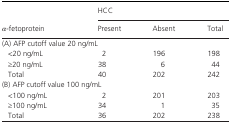
<table><thead><tr><td rowspan="2"><b><i>α</i>‐fetoprotein</b></td><td colspan="3"><b>HCC</b></td></tr><tr><td><b>Present</b></td><td><b>Absent</b></td><td><b>Total</b></td></tr></thead><tbody><tr><td colspan="4">(A) AFP cutoff value 20 ng/mL</td></tr><tr><td>&lt;20 ng/mL</td><td>2</td><td>196</td><td>198</td></tr><tr><td>≥20 ng/mL</td><td>38</td><td>6</td><td>44</td></tr><tr><td>Total</td><td>40</td><td>202</td><td>242</td></tr><tr><td colspan="4">(B) AFP cutoff value 100 ng/mL</td></tr><tr><td>&lt;100 ng/mL</td><td>2</td><td>201</td><td>203</td></tr><tr><td>≥100 ng/mL</td><td>34</td><td>1</td><td>35</td></tr><tr><td>Total</td><td>36</td><td>202</td><td>238</td></tr></tbody></table>